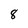
Character: 8